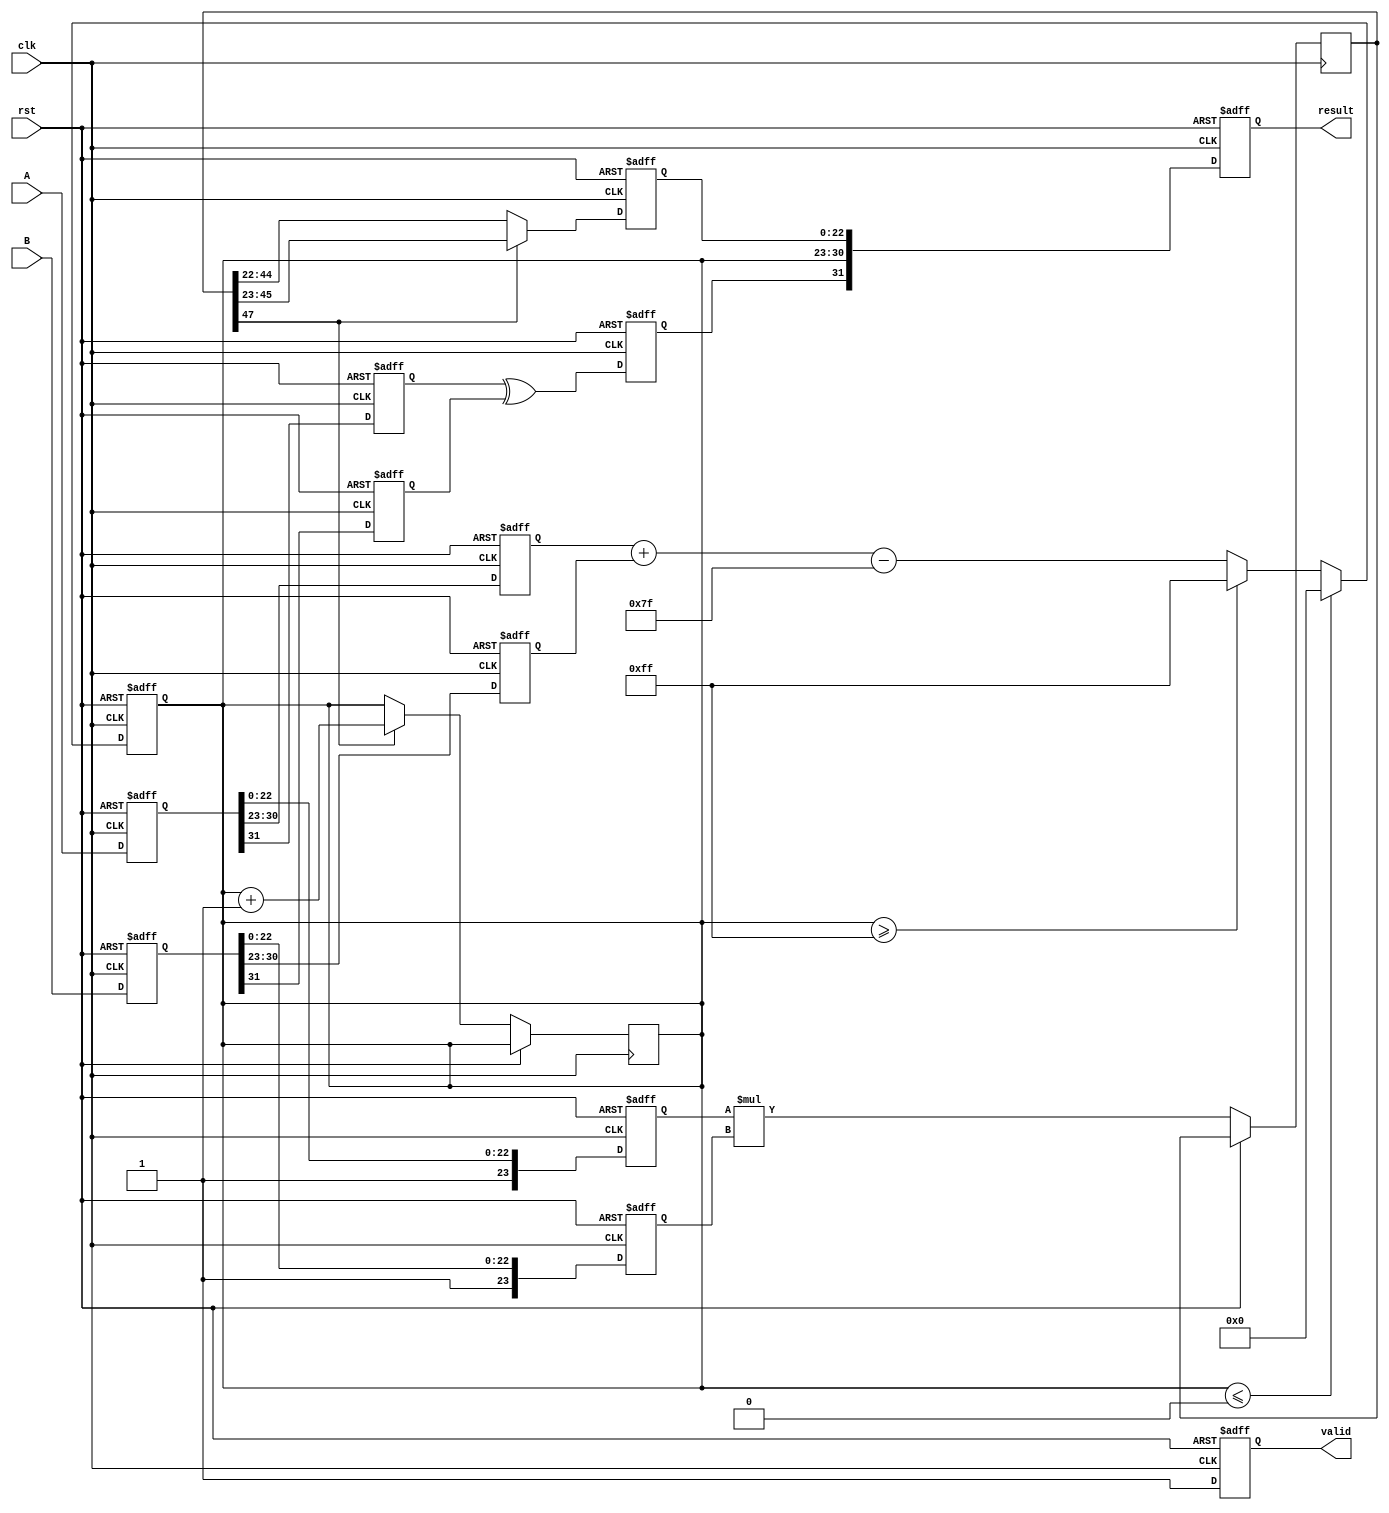
module fp_multiplier (
    input clk,
    input rst,
    input [31:0] A, // Input A (IEEE 754 single-precision)
    input [31:0] B, // Input B (IEEE 754 single-precision)
    output reg [31:0] result, // Output result
    output reg valid // Output valid signal
);

    // Pipeline registers
    reg [31:0] A_reg, B_reg; // Stage 1
    reg sign_a, sign_b, sign_result; // Stage 2
    reg [7:0] exp_a, exp_b, exp_result; // Stage 3
    reg [23:0] mant_a, mant_b, mant_result; // Stage 4
    reg [47:0] mant_product; // Temporary product for mantissas

    // Constants
    parameter BIAS = 8'd127;
    parameter EXP_MAX = 8'b11111111; // 255
    parameter EXP_MIN = 8'b00000001; // 1 (for denormalized numbers)

    // Stage 1: Input Capture
    always @(posedge clk or posedge rst) begin
        if (rst) begin
            A_reg <= 32'b0;
            B_reg <= 32'b0;
        end else begin
            A_reg <= A;
            B_reg <= B;
        end
    end

    // Stage 2: Sign Calculation
    always @(posedge clk or posedge rst) begin
        if (rst) begin
            sign_a <= 1'b0;
            sign_b <= 1'b0;
            sign_result <= 1'b0;
        end else begin
            sign_a <= A_reg[31];
            sign_b <= B_reg[31];
            sign_result <= sign_a ^ sign_b; // XOR for sign of product
        end
    end

    // Stage 3: Exponent Calculation
    always @(posedge clk or posedge rst) begin
        if (rst) begin
            exp_a <= 8'b0;
            exp_b <= 8'b0;
            exp_result <= 8'b0;
        end else begin
            exp_a <= A_reg[30:23];
            exp_b <= B_reg[30:23];
            exp_result <= exp_a + exp_b - BIAS; // Add exponents and subtract bias
            // Handle overflow and underflow
            if (exp_result >= EXP_MAX) exp_result <= EXP_MAX; // Overflow
            if (exp_result <= 0) exp_result <= 0; // Underflow
        end
    end

    // Stage 4: Mantissa Calculation
    always @(posedge clk or posedge rst) begin
        if (rst) begin
            mant_a <= 24'b0;
            mant_b <= 24'b0;
            mant_result <= 24'b0;
        end else begin
            mant_a <= {1'b1, A_reg[22:0]}; // Normalize mantissa A (add implicit leading 1)
            mant_b <= {1'b1, B_reg[22:0]}; // Normalize mantissa B (add implicit leading 1)
            mant_product <= mant_a * mant_b; // Multiply mantissas

            // Normalize mantissa product and handle shifting
            if (mant_product[47]) begin
                mant_result <= mant_product[46:23]; // Shift right
                exp_result <= exp_result + 1; // Increment exponent
            end else begin
                mant_result <= mant_product[45:22]; // Keep as is
            end
        end
    end

    // Stage 5: Result Construction
    always @(posedge clk or posedge rst) begin
        if (rst) begin
            result <= 32'b0;
            valid <= 1'b0;
        end else begin
            result <= {sign_result, exp_result, mant_result[22:0]}; // Construct result
            valid <= 1'b1; // Signal that result is valid
        end
    end

endmodule